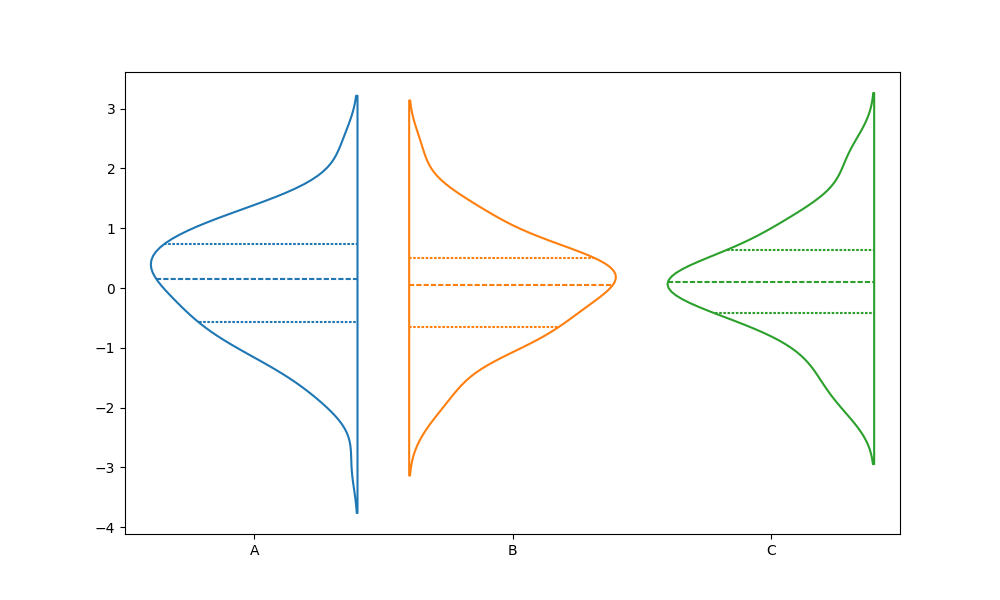
python, seaborn, violinplot, scale='area', split='True', inner='quart', fill='False'